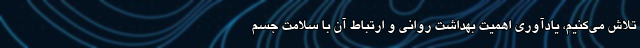
تلاش می‌کنیم، یادآوری اهمیت بهداشت روانی و ارتباط آن با سلامت جسم